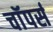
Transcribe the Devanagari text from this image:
चाॅपर्स